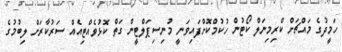
ހަމީދުގެ މައްޗަށް ކްރިމިނަލް ކޯޓުން ހުކުމްކޮށްފައިވަނީ މުނިސިޕަލްޓީން ގަތް ކޮޅުވެއްޓިއެއް ސަރުކާރަށް ލިބުމުގެ